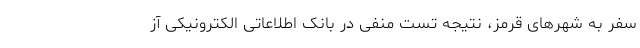
سفر به شهرهای قرمز، نتیجه تست منفی در بانک اطلاعاتی الکترونیکی آز